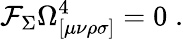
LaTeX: \mathcal{F}_{\Sigma}\Omega_{[\mu\nu\rho\sigma]}^{4}=0\; .